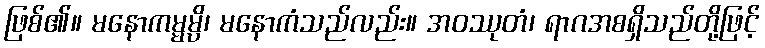
ဖြစ်၏။ မနောကမ္မမ္ပိ၊ မနောကံသည်လည်း။ အဝဿုတံ၊ ရာဂအစရှိသည်တို့ဖြင့်